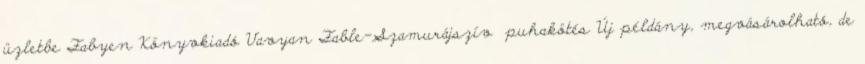
üzletbe Fabyen Könyvkiadó Vavyan Fable-Szamurájszív puhakötés Új példány, megvásárolható, de